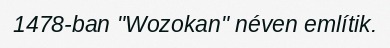
1478-ban "Wozokan" néven említik.